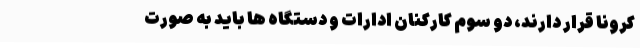
کرونا قرار دارند، دو سوم کارکنان ادارات و دستگاه ها باید به صورت